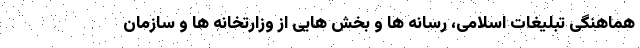
هماهنگی تبلیغات اسلامی، رسانه ها و بخش هایی از وزارتخانه ها و سازمان